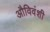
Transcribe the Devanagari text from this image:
औविवंशी